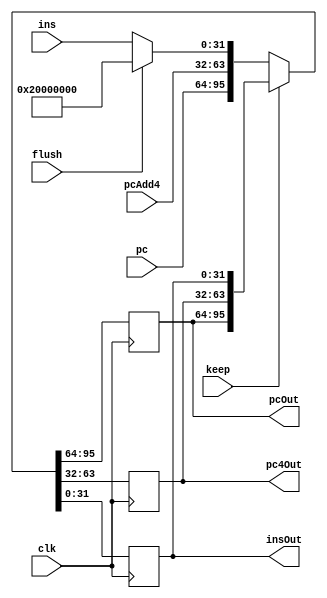
`timescale 1ns / 1ps
//////////////////////////////////////////////////////////////////////////////////
// Company: 
// Engineer: 
// 
// Design Name: 
// Module Name: IfIdReg
// Project Name: 
// Target Devices: 
// Tool Versions: 
// Description: 
// 
// Dependencies: 
// 
// Revision:
// Revision 0.01 - File Created
// Additional Comments:
// 
//////////////////////////////////////////////////////////////////////////////////


module IfIdReg(
    input clk,
    input [31:0] pc,
    input [31:0] pcAdd4,
    input [31:0] ins,
    input keep,
    input flush,
    output reg [31:0] pcOut,
    output reg [31:0] pc4Out,
    output reg [31:0] insOut
    );
    initial {pcOut,pc4Out,insOut}={31'b0,31'b0,31'b0};
    
    always@(posedge clk )
    begin 
    
    
    if(keep==1)
    {pcOut,pc4Out,insOut}<={pcOut,pc4Out,insOut};
    else if(flush==1){pcOut,pc4Out,insOut}<={pc,pcAdd4,32'h20000000};
    else {pcOut,pc4Out,insOut}<={pc,pcAdd4,ins};
     end
endmodule